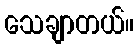
သေချာတယ်။